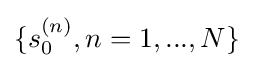
\{s_{0}^{(n)},n=1,...,N\}